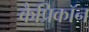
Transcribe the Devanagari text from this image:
कैप्रिकॉन